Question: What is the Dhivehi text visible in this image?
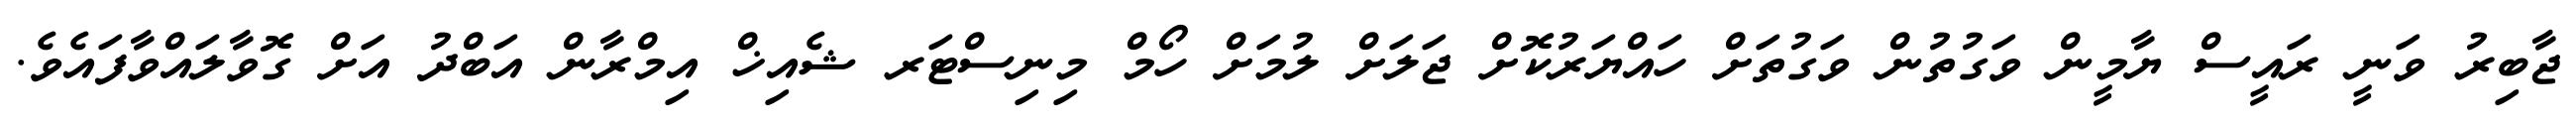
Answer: ޖާބިރު ވަނީ ރައީސް ޔާމީން ވަގުތުން ވަގުތަށް ހައްޔަރުކޮށް ޖަލަށް ލުމަށް ހޯމް މިނިސްޓަރ ޝެއިޚް އިމްރާން އަބްދު އަށް ގޮވާލައްވާފައެވެ.